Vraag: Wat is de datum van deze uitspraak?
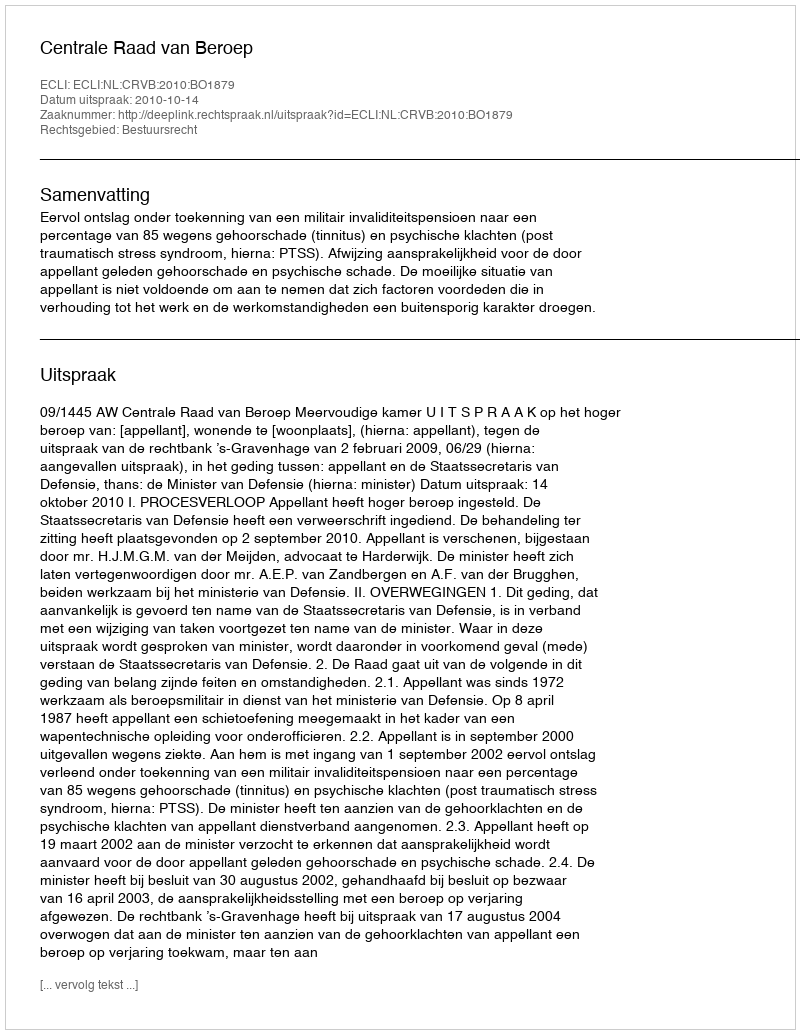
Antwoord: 2010-10-14